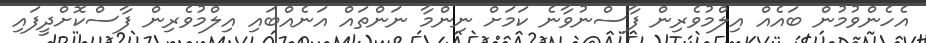
އެހެންވުމުން ބައެއް އިލްމުވެރިން ފާސްނުވާނެ ކަމަށް ނިންމާ ނަންތައް އަނެއްބައި އިލްމުވެރިން ފާސްކޮށްދީފައި